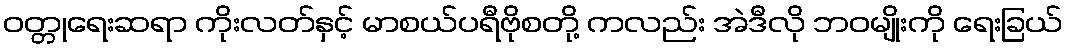
ဝတ္တုရေးဆရာ ကိုးလတ်နှင့် မာစယ်ပရီဗိုစတို့ ကလည်း အဲဒီလို ဘဝမျိုးကို ရေးခြယ်